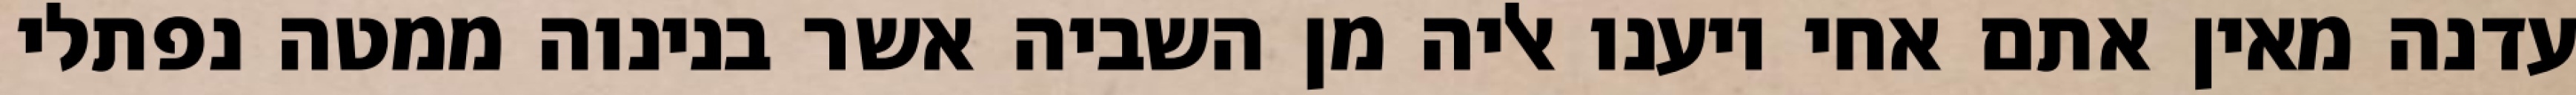
עדנה מאין אתם אחי ויענו אליה מן השביה אשר בנינוה ממטה נפתלי